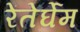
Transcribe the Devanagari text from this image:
रेंतेर्घेम